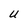
Character: U